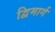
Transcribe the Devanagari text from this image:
द्विमार्ग